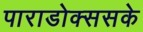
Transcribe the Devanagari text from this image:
पाराडोक्ससके